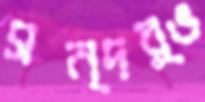
সন্দর্ভ